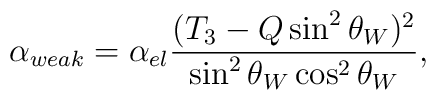
\alpha_{weak} = \alpha_{el} \frac{(T_3-Q\sin^2 \theta_W)^2}{\sin^2 \theta_W\cos^2\theta_W},